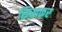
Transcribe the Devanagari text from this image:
सिखकर